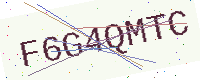
Text: F6G4QMTC